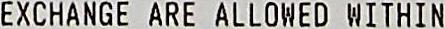
EXCHANGE ARE ALLOWED WITHIN